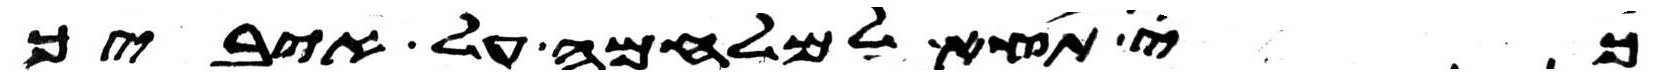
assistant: כי תצא למלחמה על איביך